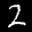
Label: 2